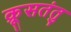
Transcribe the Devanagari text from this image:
क्रूसतंतु